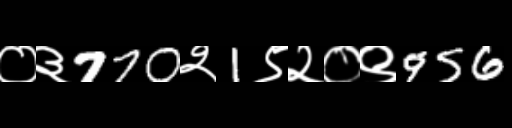
Text: ०३770२1९२०९956